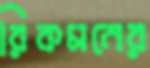
রিকমনের